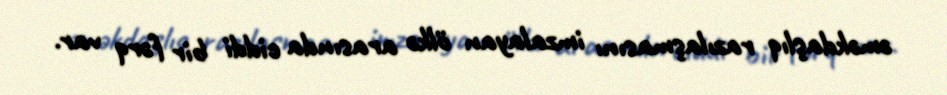
əməkdaşlıq razılaşmasını imzalayan ölkə arasında ciddi bir fərq var.